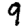
Digit: 9